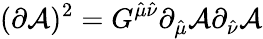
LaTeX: (\partial\mathcal{A})^{2}=G^{\hat{{\mu}}\hat{{\nu}}}\partial_{\hat{{\mu}}}\mathcal{A}\partial_{\hat{{\nu}}}\mathcal{A}